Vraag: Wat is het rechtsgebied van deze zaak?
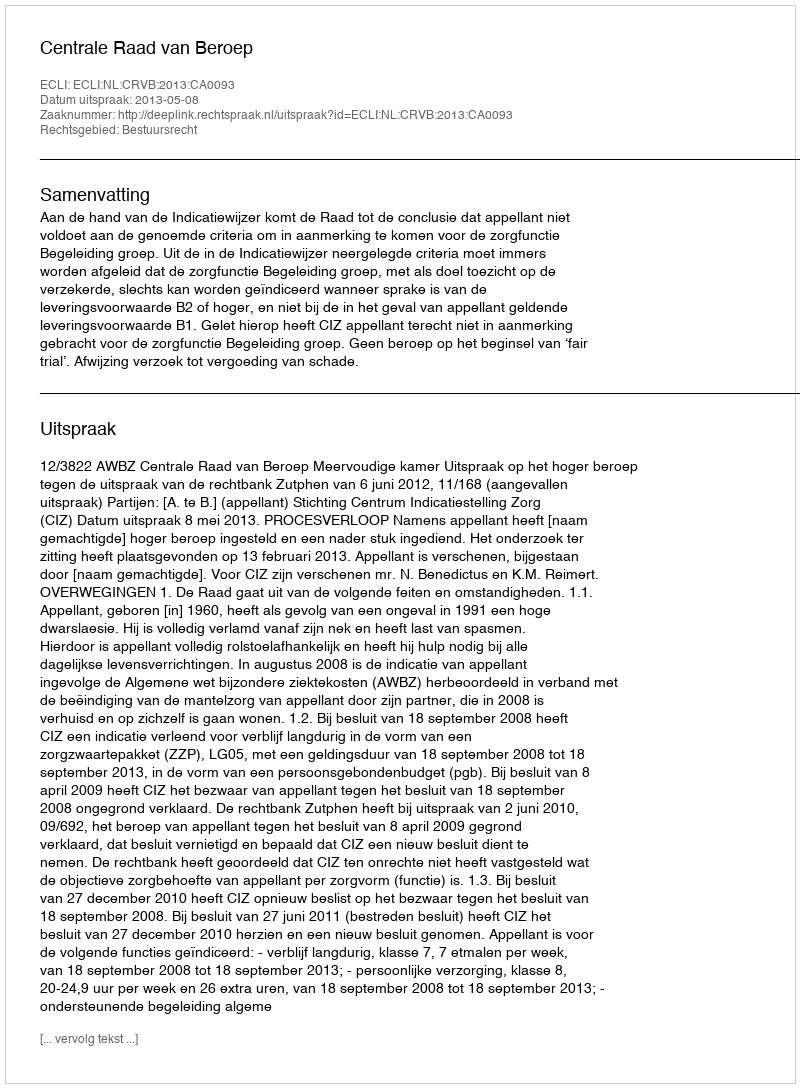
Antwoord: Bestuursrecht